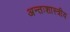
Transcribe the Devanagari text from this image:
अन्तःशास्त्रीय